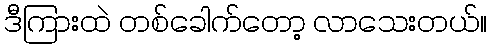
ဒီကြားထဲ တစ်ခေါက်တော့ လာသေးတယ်။